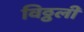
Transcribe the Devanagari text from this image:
विठ्ठली